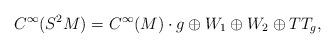
LaTeX: \begin{align*}C^{\infty}(S^2M)=C^{\infty}(M)\cdot g\oplus W_1\oplus W_2\oplus TT_{g},\end{align*}